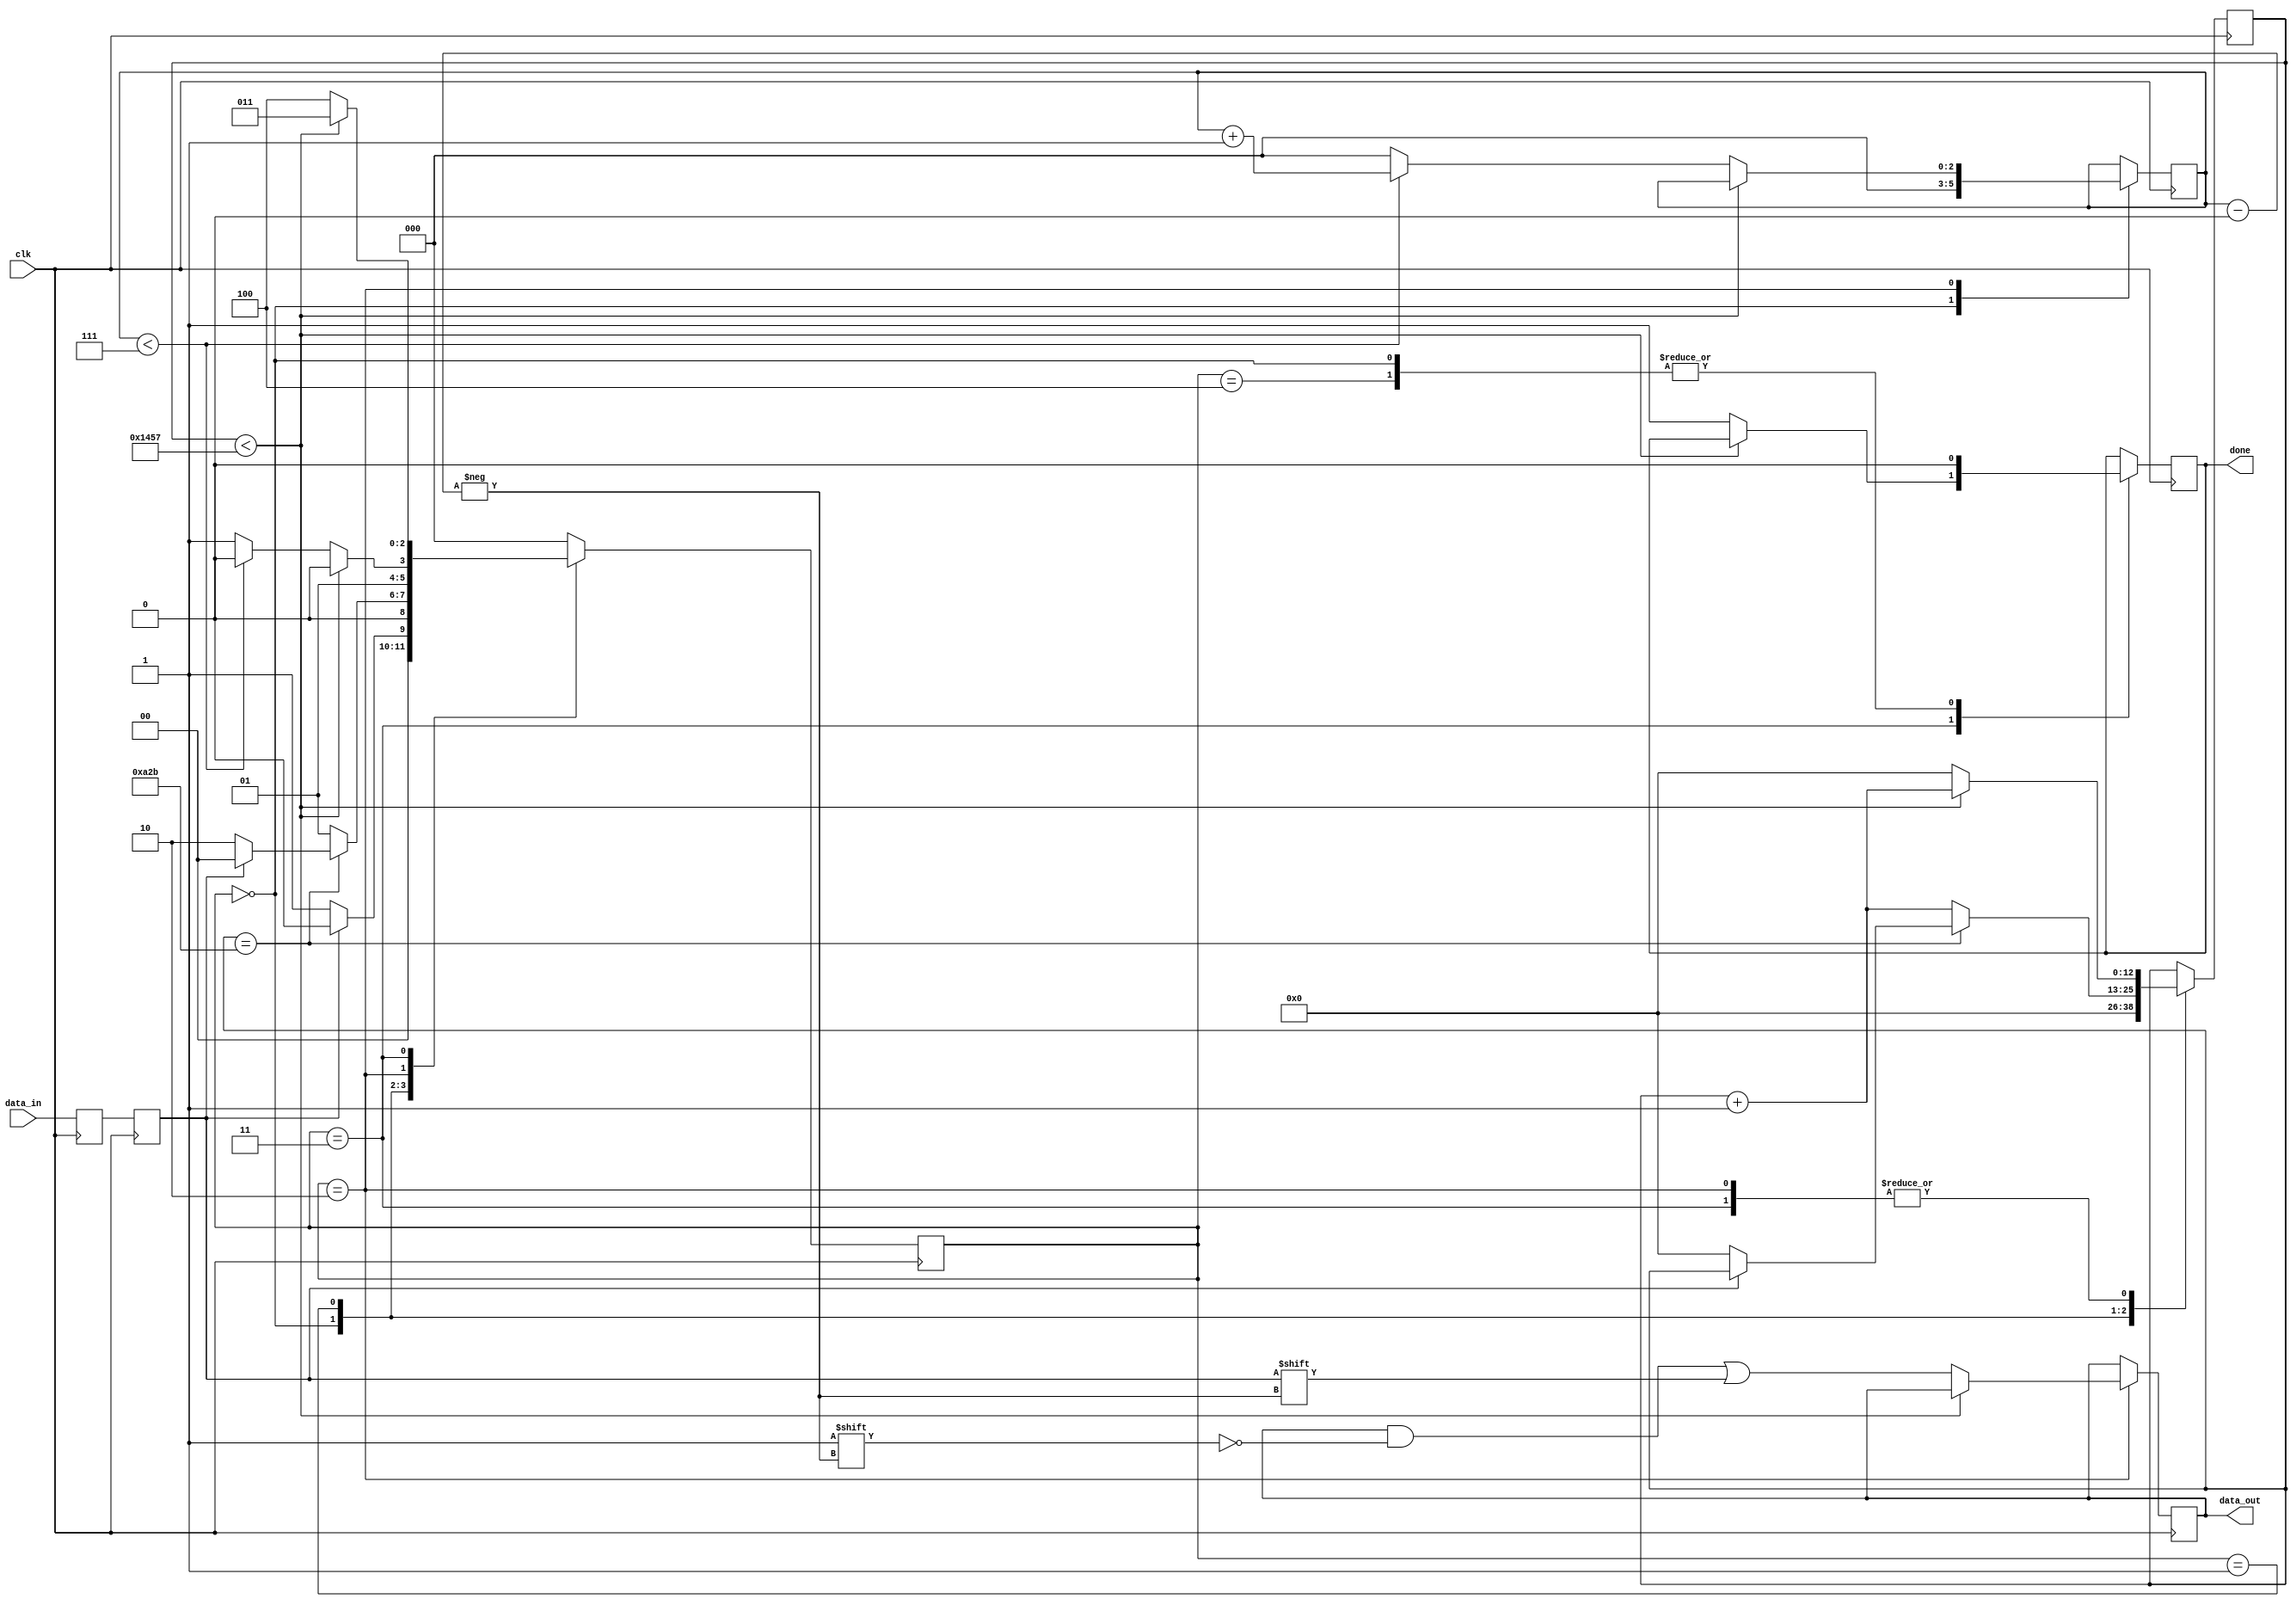
`timescale 1ns / 1ps

module Rx#(
    parameter clk_freq = 50000000,
    parameter baudrate = 9600,
    parameter tick_per_bit = clk_freq / baudrate
    )
    (
    input clk,
    input data_in,
    output [7:0]data_out,
    output done
    );
    localparam IDLE = 3'b000;
    localparam RX_START  = 3'b001;
    localparam RX_DATA   = 3'b010;
    localparam RX_STOP   = 3'b011;
    localparam RESTART   = 3'b100;

    reg data_buffer = 1'b1;
    reg tempData    = 1'b1;
    
    reg [12:0] clock_counter = 0;
    reg [2:0] bit_index     = 0;
    reg [7:0] data_out_reg  = 0;
    reg done_reg            = 0;
    reg [2:0] state         = 0;

    always @(posedge clk)begin
        data_buffer <= data_in;
        tempData    <= data_buffer;
    end
    
    always @(posedge clk)begin
        case(state)
            IDLE : begin
                
                done_reg      <= 0;
                clock_counter <= 0;
                bit_index     <= 0;
                
                if (tempData == 1'b0) //start_bit "0"
                    state <= RX_START;
                else
                    state <= IDLE;
            end
            RX_START : begin
                
                if(clock_counter == (tick_per_bit-1)/2)begin
                    if(tempData == 1'b0)begin
                        clock_counter <= 0;
                        state         <= RX_DATA;
                    end
                    else state <= IDLE;
                end
                else begin
                    clock_counter <= clock_counter + 1;
                    state         <= RX_START;
                end
            end
            RX_DATA : begin
                
                if (clock_counter < tick_per_bit-1)begin
                    clock_counter <= clock_counter + 1;
                    state         <= RX_DATA;
                end
                else begin
                    clock_counter <= 0;
                    data_out_reg[bit_index] <= tempData;
                    
                    if(bit_index < 7) begin
                        bit_index <= bit_index + 1;
                        state     <= RX_DATA;
                    end
                    else begin
                        bit_index <= 0;
                        state     <= RX_STOP;
                    end
                end
            end
            RX_STOP : begin
                
                if(clock_counter < tick_per_bit-1)begin
                    clock_counter <= clock_counter + 1;
                    state         <= RX_STOP;
                end
                else begin
                    done_reg      <= 1'b1;
                    clock_counter <= 0;
                    state         <= RESTART;
                end
            end
            RESTART : begin
                
                state    <= IDLE;
                done_reg <= 1'b0;
            end
            default : state <= IDLE;
        endcase
    end
assign done     = done_reg;
assign data_out = data_out_reg;

endmodule